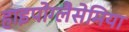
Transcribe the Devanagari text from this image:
हाइपोग्लैसेमिया